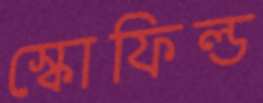
স্কোফিল্ড